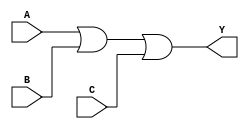
module comb_OR (
    input A,
    input B,
    input C,
    output Y
);

assign Y = A | B | C;

endmodule